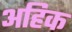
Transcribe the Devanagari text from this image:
अहिक